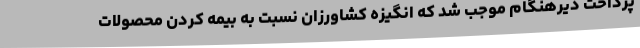
پرداخت دیرهنگام موجب شد که انگیزه کشاورزان نسبت به بیمه کردن محصولات